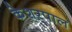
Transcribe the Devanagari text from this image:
केशरपाल